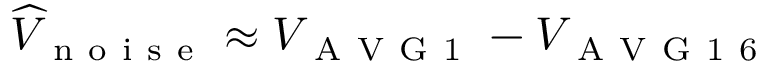
\widehat { V } _ { \mathrm { ~ n ~ o ~ i ~ s ~ e ~ } } \approx V _ { \mathrm { ~ A ~ V ~ G ~ 1 ~ } } - V _ { \mathrm { ~ A ~ V ~ G ~ 1 ~ 6 ~ } }